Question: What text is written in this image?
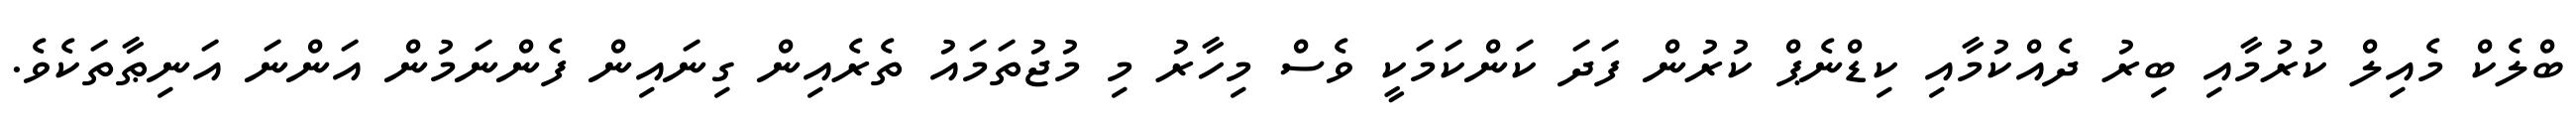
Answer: ބްލެކް މެއިލް ކުރުމާއި ބިރު ދެއްކުމާއި ކިޑްނެޕް ކުރުން ފަދަ ކަންކަމަކީ ވެސް މިހާރު މި މުޖުތަމައު ތެރެއިން ގިނައިން ފެންނަމުން އަންނަ އަނިޠާތަކެވެ.